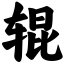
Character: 辊